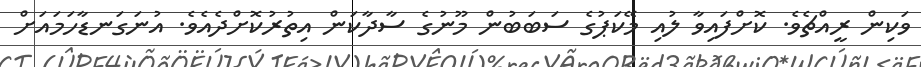
ވަކިން ރީއްޗެވެ. ކޮށްފައިވާ ލުއި މޭކަޕުގެ ސަބަބުން މޫނުގެ ސާދާކަން އިތުރުކޮށްދެއެވެ. އުނަގަނޑާހަމައަށް